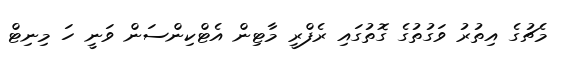
މެޗުގެ އިތުރު ވަގުތުގެ ގޮތުގައި ރެފްރީ މާޓިން އެޓްކިންސަން ވަނީ ހަ މިނިޓް